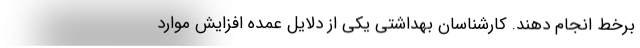
برخط انجام دهند. کارشناسان بهداشتی یکی از دلایل عمده افزایش موارد